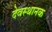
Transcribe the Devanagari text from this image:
देवस्थानक